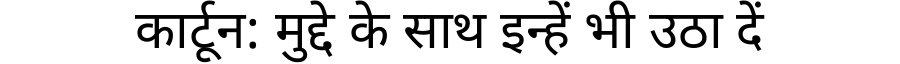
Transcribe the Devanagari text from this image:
कार्टून: मुद्दे के साथ इन्हें भी उठा दें